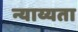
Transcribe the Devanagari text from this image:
न्याय्यता